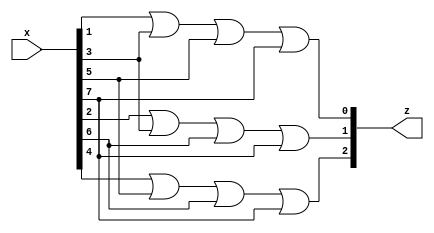
module octal_binary_encoder(input [7:0] x, output [2:0] z);
  assign z[0] = x[1] | x[3] | x[5] | x[7];
  assign z[1] = x[2] | x[3] | x[6] | x[7];
  assign z[2] = x[4] | x[5] | x[6] | x[7];
endmodule